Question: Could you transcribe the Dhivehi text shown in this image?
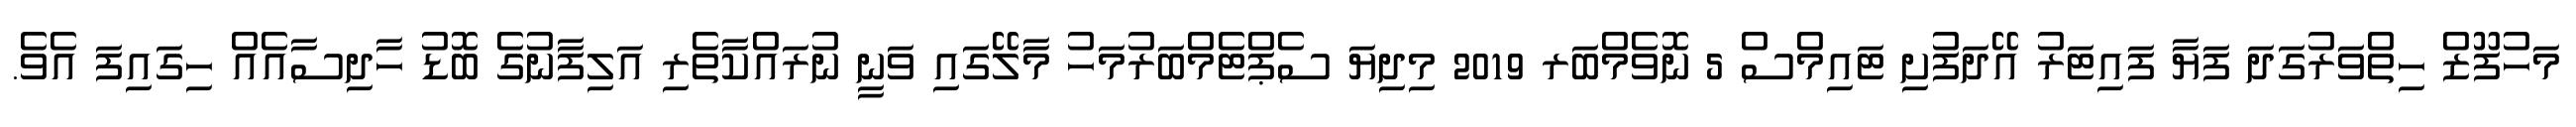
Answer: މަހުފޫޒް ހިތްވަރުގަދަ ފަޔާ ފައިޓަރު އޭދަފުށި ޓައިމްސް 5 ނޮވެމްބަރ 2019 މިދިޔަ ސެޕްޓެމްބަރުމަހު މާލޭގައި ވަނީ ނުރައްކާތެރި އަލިފާނުގެ ބޮޑު ހާދިސާއެއް ހިގައިފަ އެވެ.